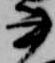
書